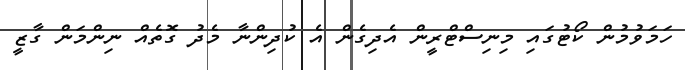
ހަމަވުމުން ކޯޓުގައި މިނިސްޓްރީން އެދިގެން އެ ކުދިންނާ މެދު ގޮތެއް ނިންމަން ގާޒީ